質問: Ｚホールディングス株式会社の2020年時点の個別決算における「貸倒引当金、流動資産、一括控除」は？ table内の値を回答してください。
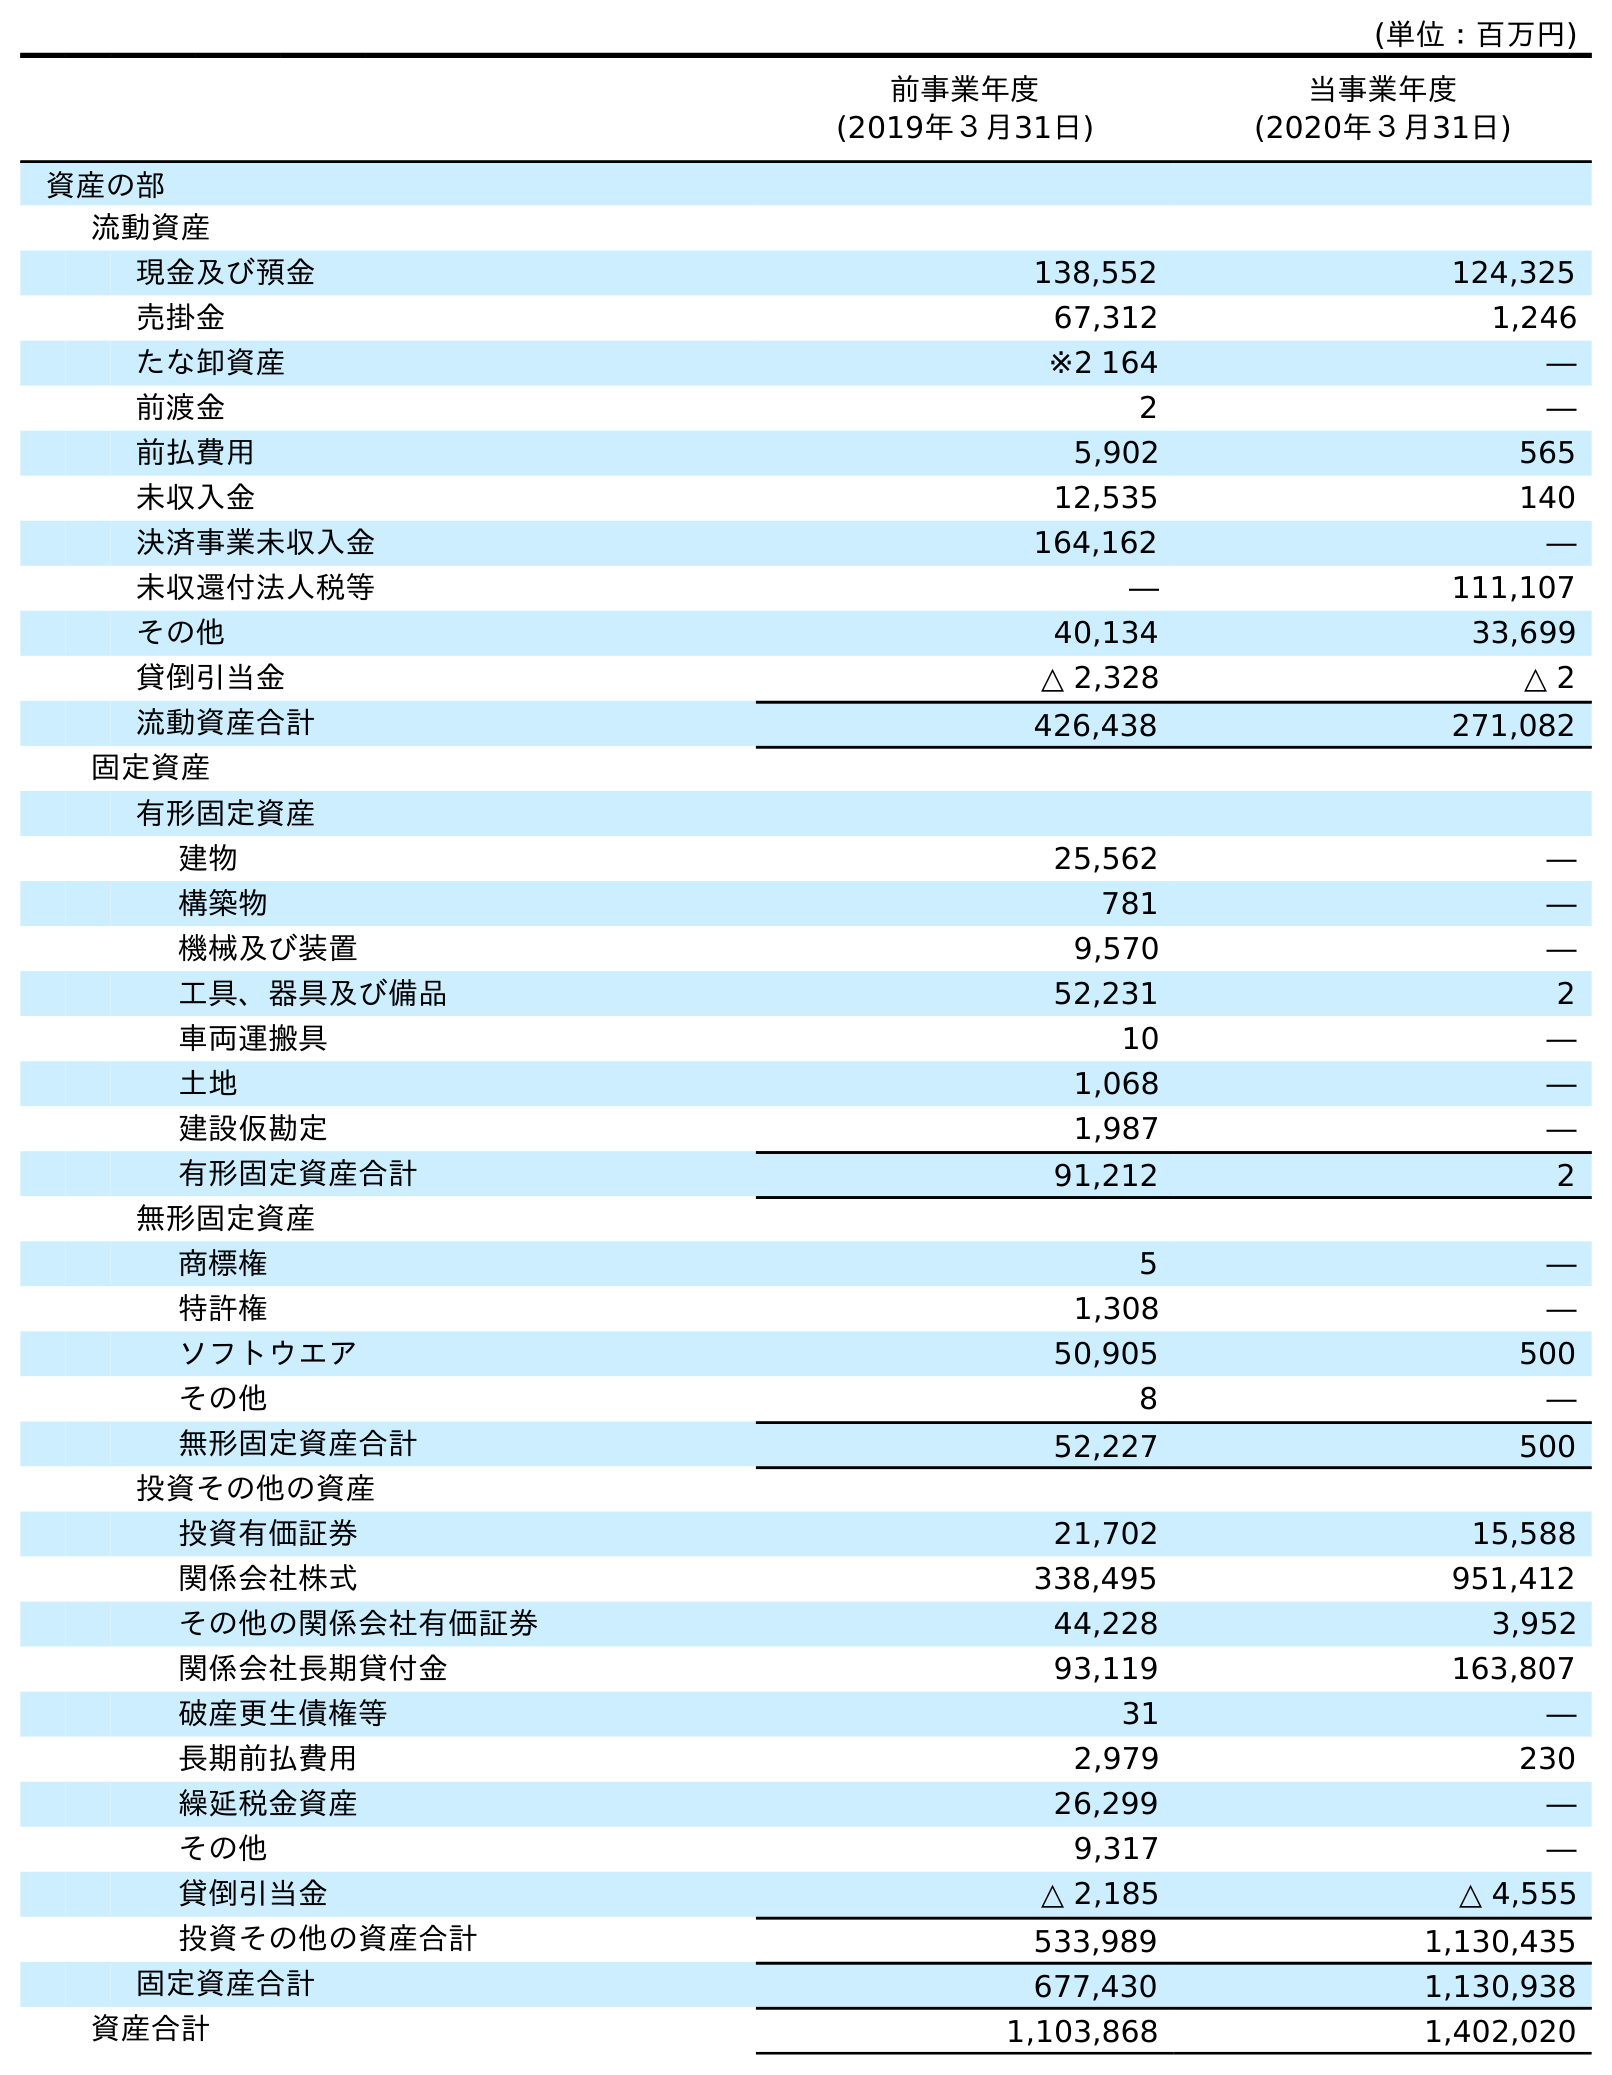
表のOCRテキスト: (単位：百万円) 前事業年度 (2019年３月31日) 当事業年度 (2020年３月31日) 資産の部 流動資産 現金及び預金 138,552 124,325 売掛金 67,312 1,246 たな卸資産 ※2 164 ― 前渡金 2 ― 前払費用 5,902 565 未収入金 12,535 140 決済事業未収入金 164,162 ― 未収還付法人税等 ― 111,107 その他 40,134 33,699 貸倒引当金 △ 2,328 △ 2 流動資産合計 426,438 271,082 固定資産 有形固定資産 建物 25,562 ― 構築物 781 ― 機械及び装置 9,570 ― 工具、器具及び備品 52,231 2 車両運搬具 10 ― 土地 1,068 ― 建設仮勘定 1,987 ― 有形固定資産合計 91,212 2 無形固定資産 商標権 5 ― 特許権 1,308 ― ソフトウエア 50,905 500 その他 8 ― 無形固定資産合計 52,227 500 投資その他の資産 投資有価証券 21,702 15,588 関係会社株式 338,495 951,412 その他の関係会社有価証券 44,228 3,952 関係会社長期貸付金 93,119 163,807 破産更生債権等 31 ― 長期前払費用 2,979 230 繰延税金資産 26,299 ― その他 9,317 ― 貸倒引当金 △ 2,185 △ 4,555 投資その他の資産合計 533,989 1,130,435 固定資産合計 677,430 1,130,938 資産合計 1,103,868 1,402,020
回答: △2